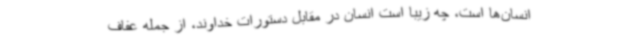
انسان‌ها است، چه زیبا است انسان در مقابل دستورات خداوند، از جمله عفاف